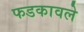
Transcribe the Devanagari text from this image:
फडकावले